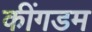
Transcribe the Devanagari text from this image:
कींगडम